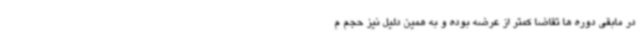
در مابقی دوره ها تقاضا کمتر از عرضه بوده و به همین دلیل نیز حجم م